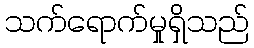
သက်ရောက်မှုရှိသည်